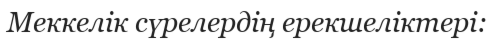
Меккелік сүрелердің ерекшеліктері: